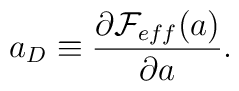
a_{D} \equiv \frac {\partial {\cal F}_{eff}(a)}{\partial a}.